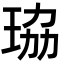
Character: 珕